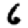
Digit: 6